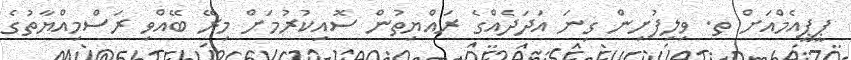
ޕީޕީއެމްއަށް ތ. ވިލިފުށިން ގިނަ އަދަދެއްގެ ރައްޔިތުން ސޮއިކުރުމަށް މިރޭ ބޭއްވި ރަސްމިއްޔާތުގެ